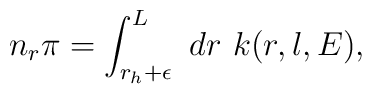
n_r\pi=\int_{r_h+\epsilon}^L~dr~k(r, l, E),